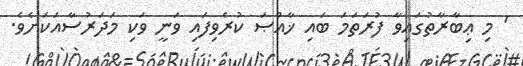
' މި ޢިބާރާތުގައިވާ ފުރަތަމަ ބައި ޚާއްޞަ ކުރެވިފައި ވަނީ ވަކި މަދަރުސާއަކަށެވެ.